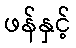
ဖန်နှင့်